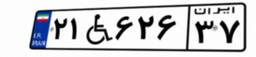
۰۳W۲۵۷۲۷